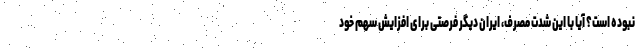
نبوده است؟ آیا با این شدت مصرف، ایران دیگر فرصتی برای افزایش سهم خود